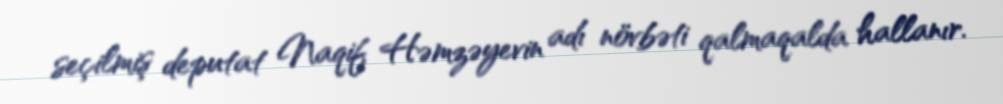
seçilmiş deputat Naqif Həmzəyevin adı növbəti qalmaqalda hallanır.